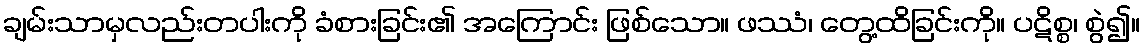
ချမ်းသာမှလည်းတပါးကို ခံစားခြင်း၏ အကြောင်း ဖြစ်သော။ ဖဿံ၊ တွေ့ထိခြင်းကို။ ပဋိစ္စ၊ စွဲ၍။